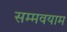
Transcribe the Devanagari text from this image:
सम्मवयाम